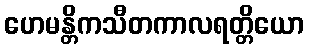
ဟေမန္တိကသီတကာလရတ္တိယော